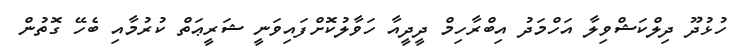
ހުޅުދޫ ދިލްކަޝްވިލާ އަހްމަދު އިބްރާހިމް ދީދީއާ ހަވާލުކޮށްފައިވަނީ ޝަރީޢަތް ކުރުމާއި ބެހޭ ގޮތުން